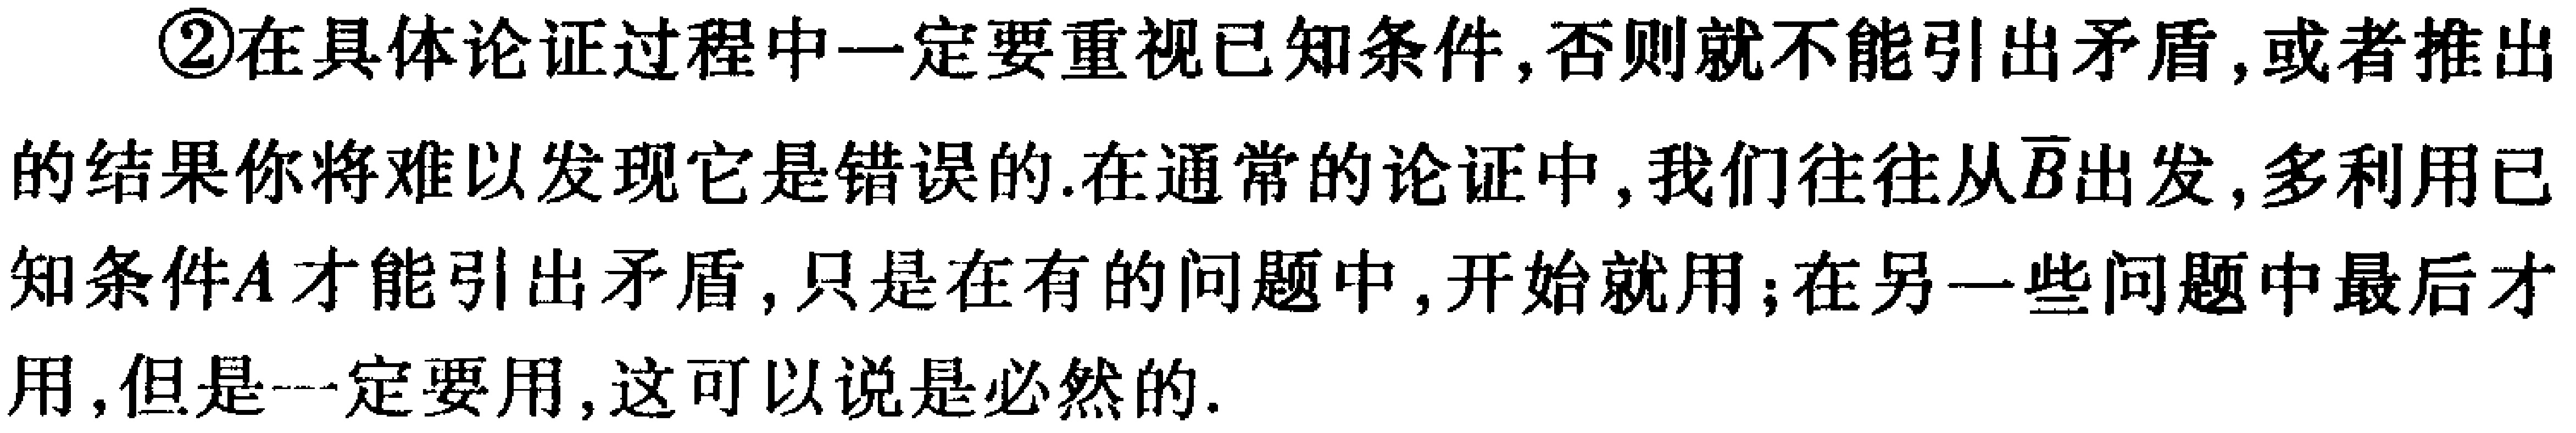
\textcircled{2}在具体论证过程中一定要重视已知条件,否则就不能引出矛盾,或者推出的结果你将难以发现它是错误的.在通常的论证中,我们往往从$\overline{B}$出发,多利用已知条件$A$才能引出矛盾,只是在有的问题中,开始就用;在另一些问题中最后才用,但是一定要用,这可以说是必然的.